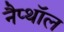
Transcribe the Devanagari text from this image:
नैप्थॉल